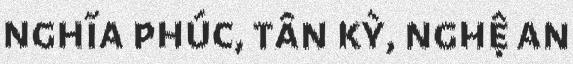
nghĩa phúc, tân kỳ, nghệ an